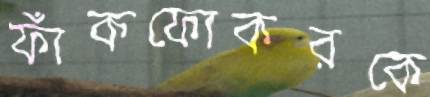
ফাঁকফোকরকে